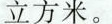
立方米。